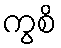
ကွစိ